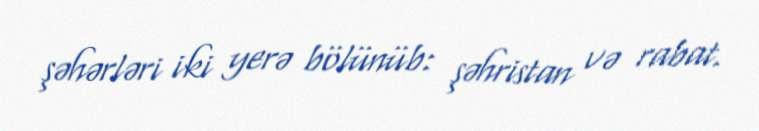
şəhərləri iki yerə bölünüb: şəhristan və rabat.